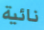
نائية